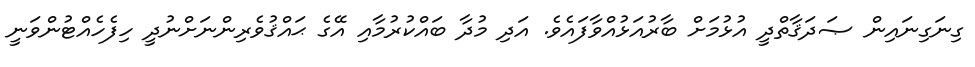
ގިނަގިނައިން ޞަދަޤާތްދީ އުޅުމަށް ބާރުއަޅުއްވާފައެވެ. އަދި މުދާ ބައްކުރުމާއި އޭގެ ޙައްޤުވެރިންނަށްނުދީ ހިފެހެއްޓުންވަނީ